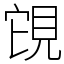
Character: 䙾